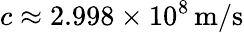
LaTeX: c\approx 2.998\times 10^{8}\, {\mathrm{m/s}}